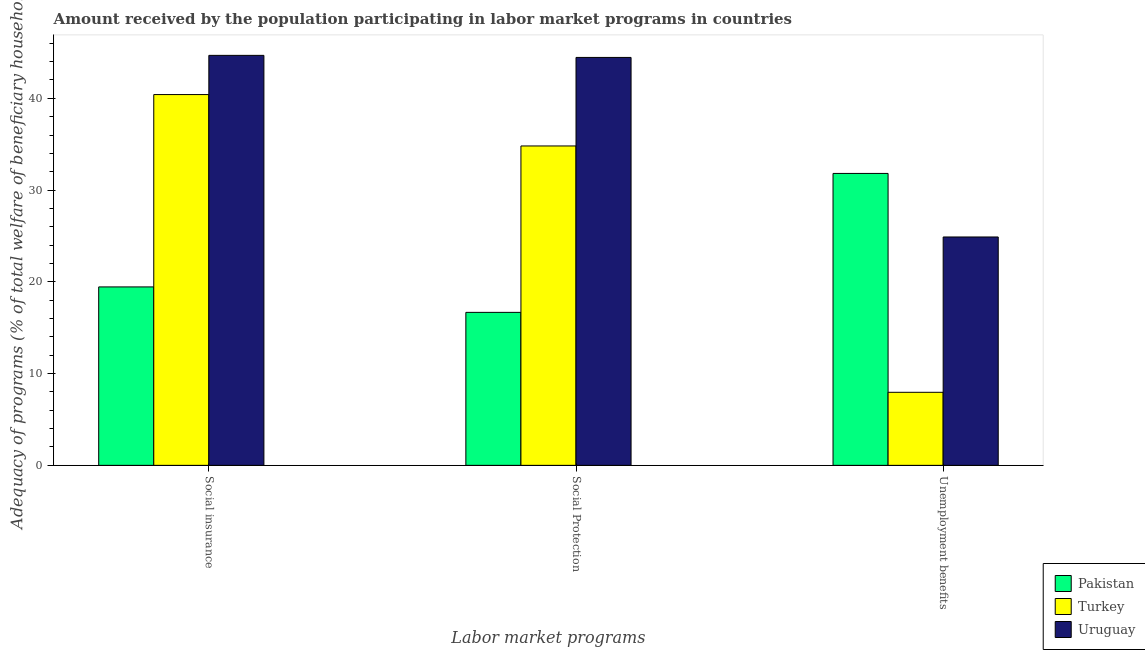
| Labor market programs | Pakistan | Turkey | Uruguay |
 | --- | --- | --- | --- |
 | Social insurance | 19.4 | 40.4 | 44.7 |
 | Social Protection | 16.7 | 34.8 | 44.5 |
 | Unemployment benefits | 31.8 | 7.96 | 24.9 |